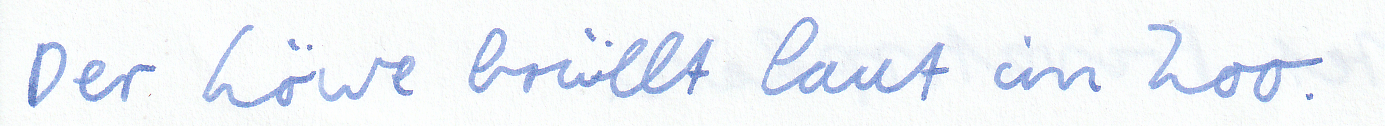
Der Löwe brüllt laut im Zoo.